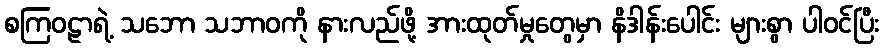
စကြဝဠာရဲ့ သဘော သဘာဝကို နားလည်ဖို့ အားထုတ်မှုတွေမှာ နိဒါန်းပေါင်း များစွာ ပါဝင်ပြီး